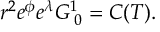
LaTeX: r ^ { 2 } e ^ { \phi } e ^ { \lambda } { \cal G } _ { \; 0 } ^ { 1 } = C ( T ) .